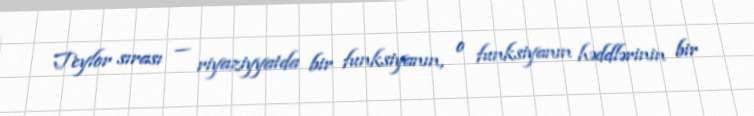
Teylor sırası — riyaziyyatda bir funksiyanın, o funksiyanın həddlərinin bir